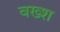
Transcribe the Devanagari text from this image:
वख्श